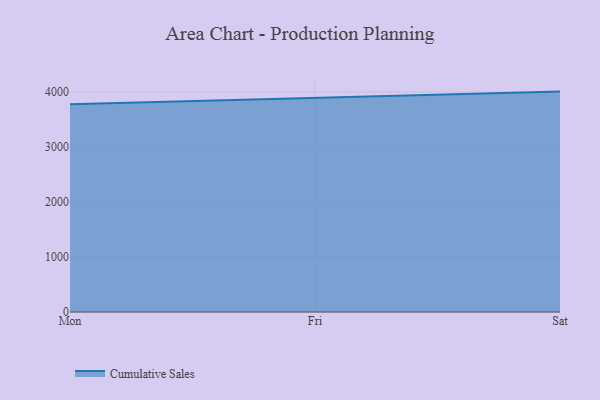
{"axis": {"x": "Day", "y": "Conversion Rate (%)"}, "legend": ["Cumulative Sales"], "data": [{"x": "Mon", "y": 3779.5, "type": "Cumulative Sales"}, {"x": "Fri", "y": 3900.3, "type": "Cumulative Sales"}, {"x": "Sat", "y": 4008.4, "type": "Cumulative Sales"}]}